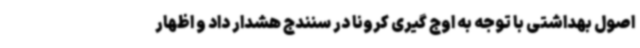
اصول بهداشتی با توجه به اوج گیری کرونا در سنندج هشدار داد و اظهار